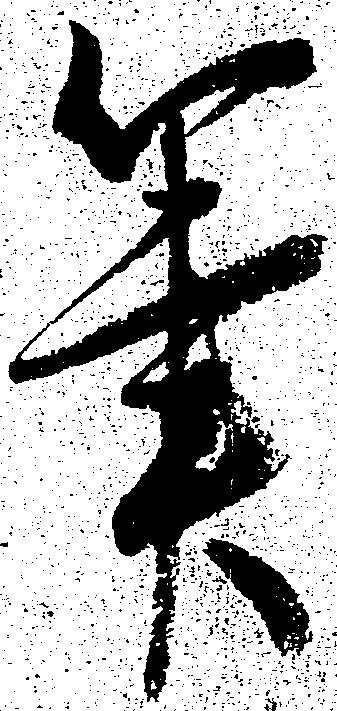
筆